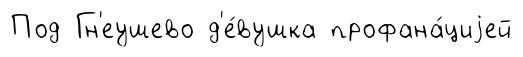
Под Гн'еушево д'е́вушка профана́циjей